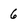
Character: 6